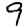
Digit: 9